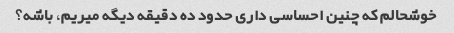
خوشحالم که چنین احساسی داری حدود ده دقیقه دیگه میریم، باشه؟